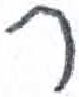
אות: ר